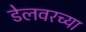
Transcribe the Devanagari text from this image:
डेलवरच्या